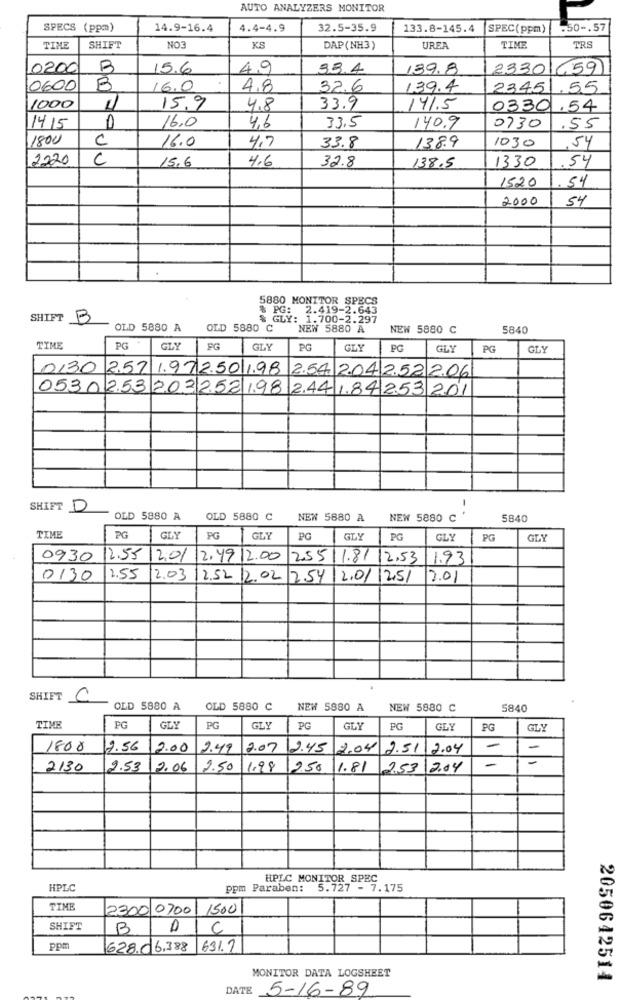
AUTO ANALYZERS MONITOR
SPECS (ppm)
14.9-16.4
4.4-4.9
32.5-35.9
133.8-145.4
SPEC(ppm)
.50 -. 57
TIME
SHIFT
NO3
KS
DAP(NH3)
UREA
TIME
TRS
0200
15.6
49
33.4
139.8
2330
659
0600
B
16.0
4.8
32.6
139.4
2345
.55
1000
15,9
4.8
33.9
141.5
0330.54
16.0
4.6
1415
33,5
140.9
0730
.55
1800
C
16.0
4,7
138.9
1030
33.8
54
2220
C
15.6
4.6
32.8
1330
54
138.5
1520
54
2000
54
5880 MONITOR SPECS
% PG: 2.419-2.643
SHIFT
$ GLY: 1.700-2.297
OLD 5880 A
OLD 5880 C
NEW 5880 A
NEW 5880 C
5840
TIME
PG .
GLY
GLY
PG
GLY
PG
GLY
PG
GLY
0,30 2.57 1.97 2.50 1.98
2.54 2.04 2.522.06
0530 253 202252 198 244 1.84253201
SHIFT D
-.
OLD 5880 A
OLD 5880 C
NEW 5880 A
NEW 5880 C
5840
TIME
PG
GLY
PG
GLY
PG
GLY
PG
GLY
PG
GLY
0930
12.55
12.012.49 12.00
255
11.81 12.53
1.93
0130
1.55
2.03
2.52
12.02 2.54
2.01 12.51
2.01
SHIFT C
OLD 5880 A
OLD 5880 C
NEW 5880 A
NEW 5880 C
5840
TIME
PG
GLY
PG
GLY
PG
GLY
PG
GLY
PG
GLY
1800
9.56
12.00
2.49
2.07
2.45
2.04 2.51 2.04
-
-
-
-
2130
2.53
2.06
2.50
1.98
12,50
1.81
2.53
2.04
HPLC MONITOR SPEC
HPLC
ppm Paraben: 5.727 - 7.175
TIME
2300 0700
1500
SHIFT
B
C
ppm
628.06,388
631.7
MONITOR DATA LOGSHEET
2050642514
DATE
5-16-89